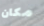
مكان